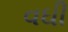
વઘી